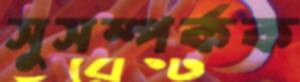
সুসম্পর্কক